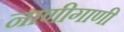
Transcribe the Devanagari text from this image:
नाणीगाणी